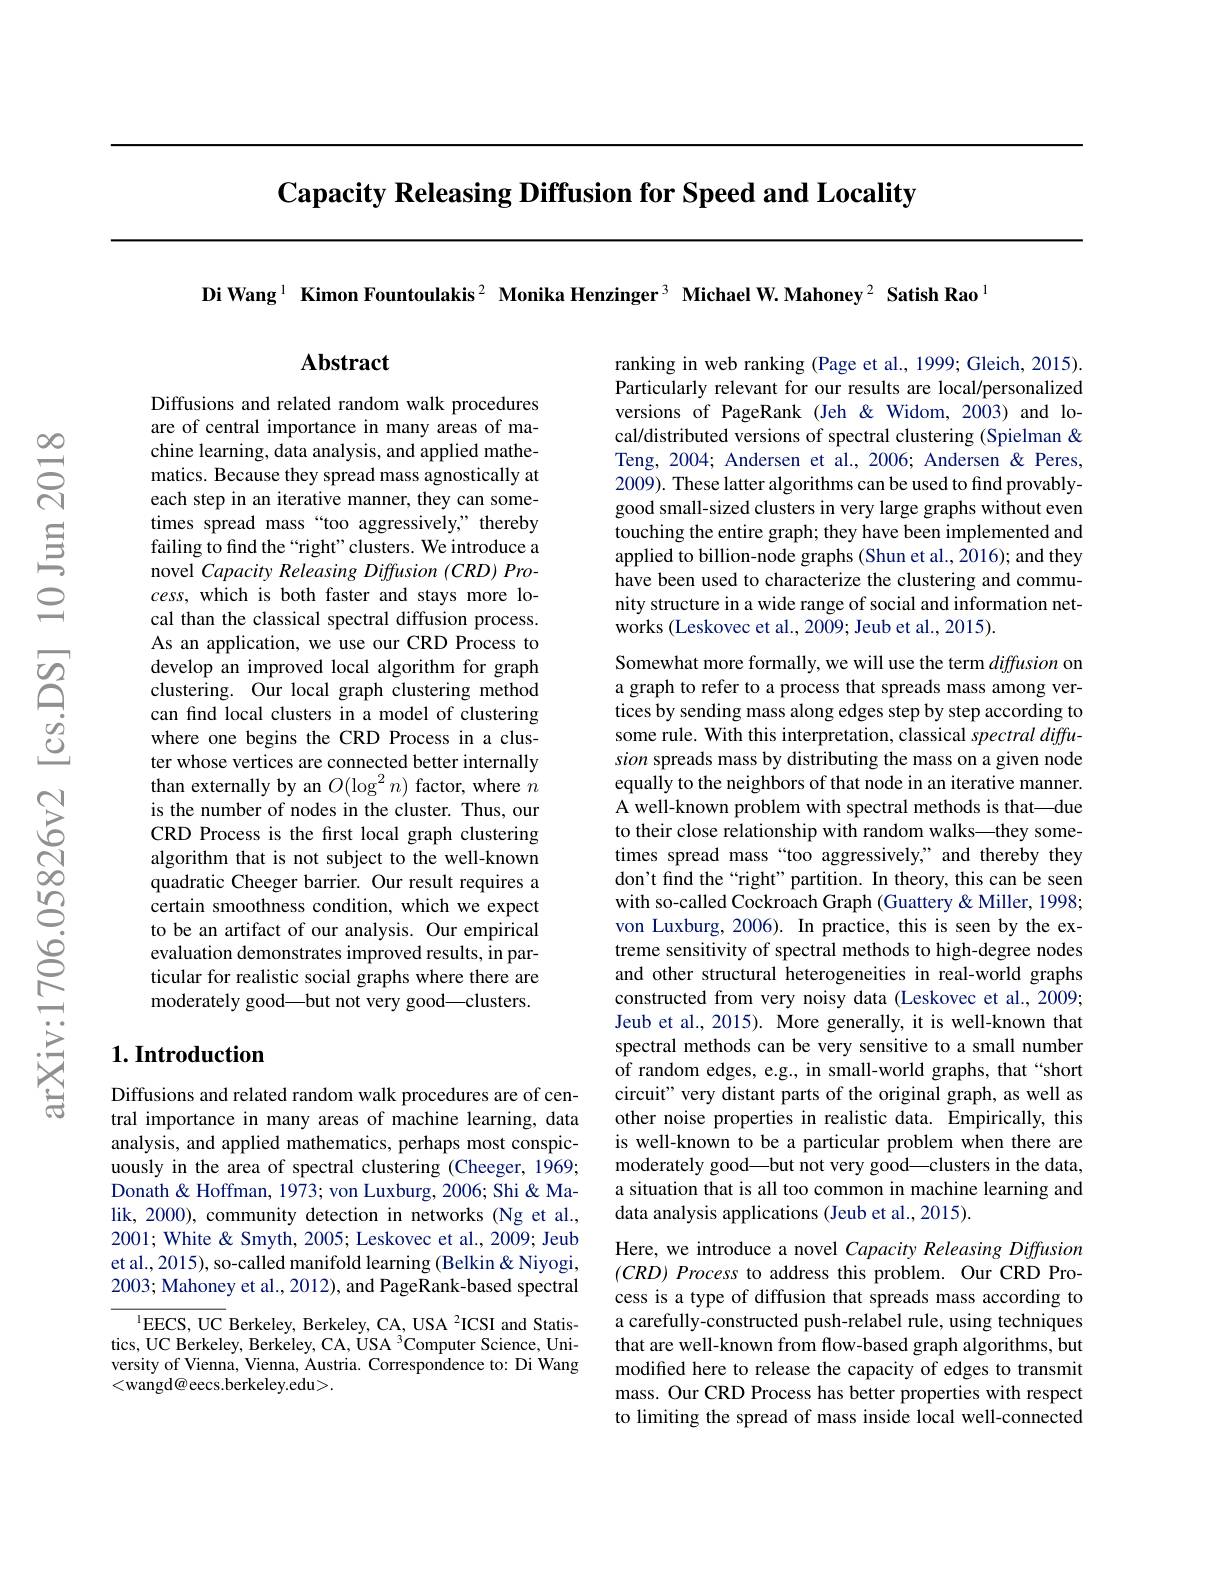
$\textbf{Capacity Releasing Diffusion for Speed and Locality}$

Di Wang$^{1}$ Kimon Fountoulakis$^2$ Monika Henzinger$^3$ Michael W.Mahoney$^2\textbf{SatishRao}^{1}$

Abstract

ranking in web ranking (Page et al., 1999; Gleich, 2015). Particularly relevant for our results are local/personalized versions of PageRank (Jeh &Widom, 2003) and local/distributed versions of spectral clustering (Spielman & Teng, 2004; Andersen et al., 2006; Andersen &Peres, 2009). These latter algorithms can be used to find provablygood small-sized clusters in very large graphs without even touching the entire graph; they have been implemented and applied to billion-node graphs (Shun et al., 2016); and they have been used to characterize the clustering and community structure in a wide range of social and information networks (Leskovec et al., 2009; Jeub et al., 2015).

Diffusions and related random walk procedures are of central importance in many areas of machine learning, data analysis, and applied mathematics. Because they spread mass agnostically at each step in an iterative manner, they can sometimes spread mass“too aggressively,” thereby failing to find the “right”clusters. We introduce a novel Capacity Releasing Diffusion (CRD) Pro- $cess$, which is both faster and stays more local than the classical spectral diffusion process. As an application, we use our CRD Process to develop an improved local algorithm for graph clustering. Our local graph clustering method can find local clusters in a model of clustering where one begins the CRD Process in a cluster whose vertices are connected better internally than externally by an $O(\log^2n)$ factor, where $n$ is the number of nodes in the cluster. Thus, our CRD Process is the first local graph clustering algorithm that is not subject to the well-known quadratic Cheeger barrier. Our result requires a certain smoothness condition, which we expect to be an artifact of our analysis. Our empirical evaluation demonstrates improved results, in particular for realistic social graphs where there are moderately good—but not very good—clusters.

Somewhat more formally, we will use the term diffusion on a graph to refer to a process that spreads mass among vertices by sending mass along edges step by step according to some rule. With this interpretation, classical spectral diffusion spreads mass by distributing the mass on a given node equally to the neighbors of that node in an iterative manner. A well-known problem with spectral methods is that—due to their close relationship with random walks—they sometimes spread mass“too aggressively" and thereby they don't find the “right”partition. In theory, this can be seen with so-called Cockroach Graph (Guattery &Miller, 1998; von Luxburg, 2006). In practice, this is seen by the extreme sensitivity of spectral methods to high-degree nodes and other structural heterogeneities in real-world graphs constructed from very noisy data (Leskovec et al., 2009; Jeub et al., 2015). More generally, it is well-known that spectral methods can be very sensitive to a small number of random edges, e.g., in small-world graphs, that“short circuit" very distant parts of the original graph, as well as other noise properties in realistic data. Empirically, this is well-known to be a particular problem when there are moderately good—but not very good—clusters in the data, a situation that is all too common in machine learning and data analysis applications (Jeub et al., 2015).
Here, we introduce a novel Capacity Releasing Diffusion $( CRD) \textit{Process to address this problem. Our CRD Pro- }$ cess is a type of diffusion that spreads mass according to a carefully-constructed push-relabel rule, using techniques that are well-known from flow-based graph algorithms, but modified here to release the capacity of edges to transmit mass. Our CRD Process has better properties with respect

## $1. \textbf{Introduction}$

Diffusions and related random walk procedures are of central importance in many areas of machine learning, data analysis, and applied mathematics, perhaps most conspicuously in the area of spectral clustering (Cheeger, 1969; Donath& Hoffman, 1973; von Luxburg, 2006; Shi& Malik, 2000), community detection in networks (Ng et al., 2001; White & Smyth, 2005; Leskovec et al., 2009; Jeub et al., 2015), so-called manifold learning (Belkin&Niyogi, 2003; Mahoney et al., 2012), and PageRank-based spectral

to limiting the spread of mass inside local well-connected

$^{1}$EECS, UC Berkeley, Berkeley, CA, USA $^2$ICSI and Statistics, UC Berkeley, Berkeley, CA, USA 3Computer Science, University of Vienna, Vienna, Austria. Correspondence to: Di Wang <wangd@eecs.berkeley.edu>.